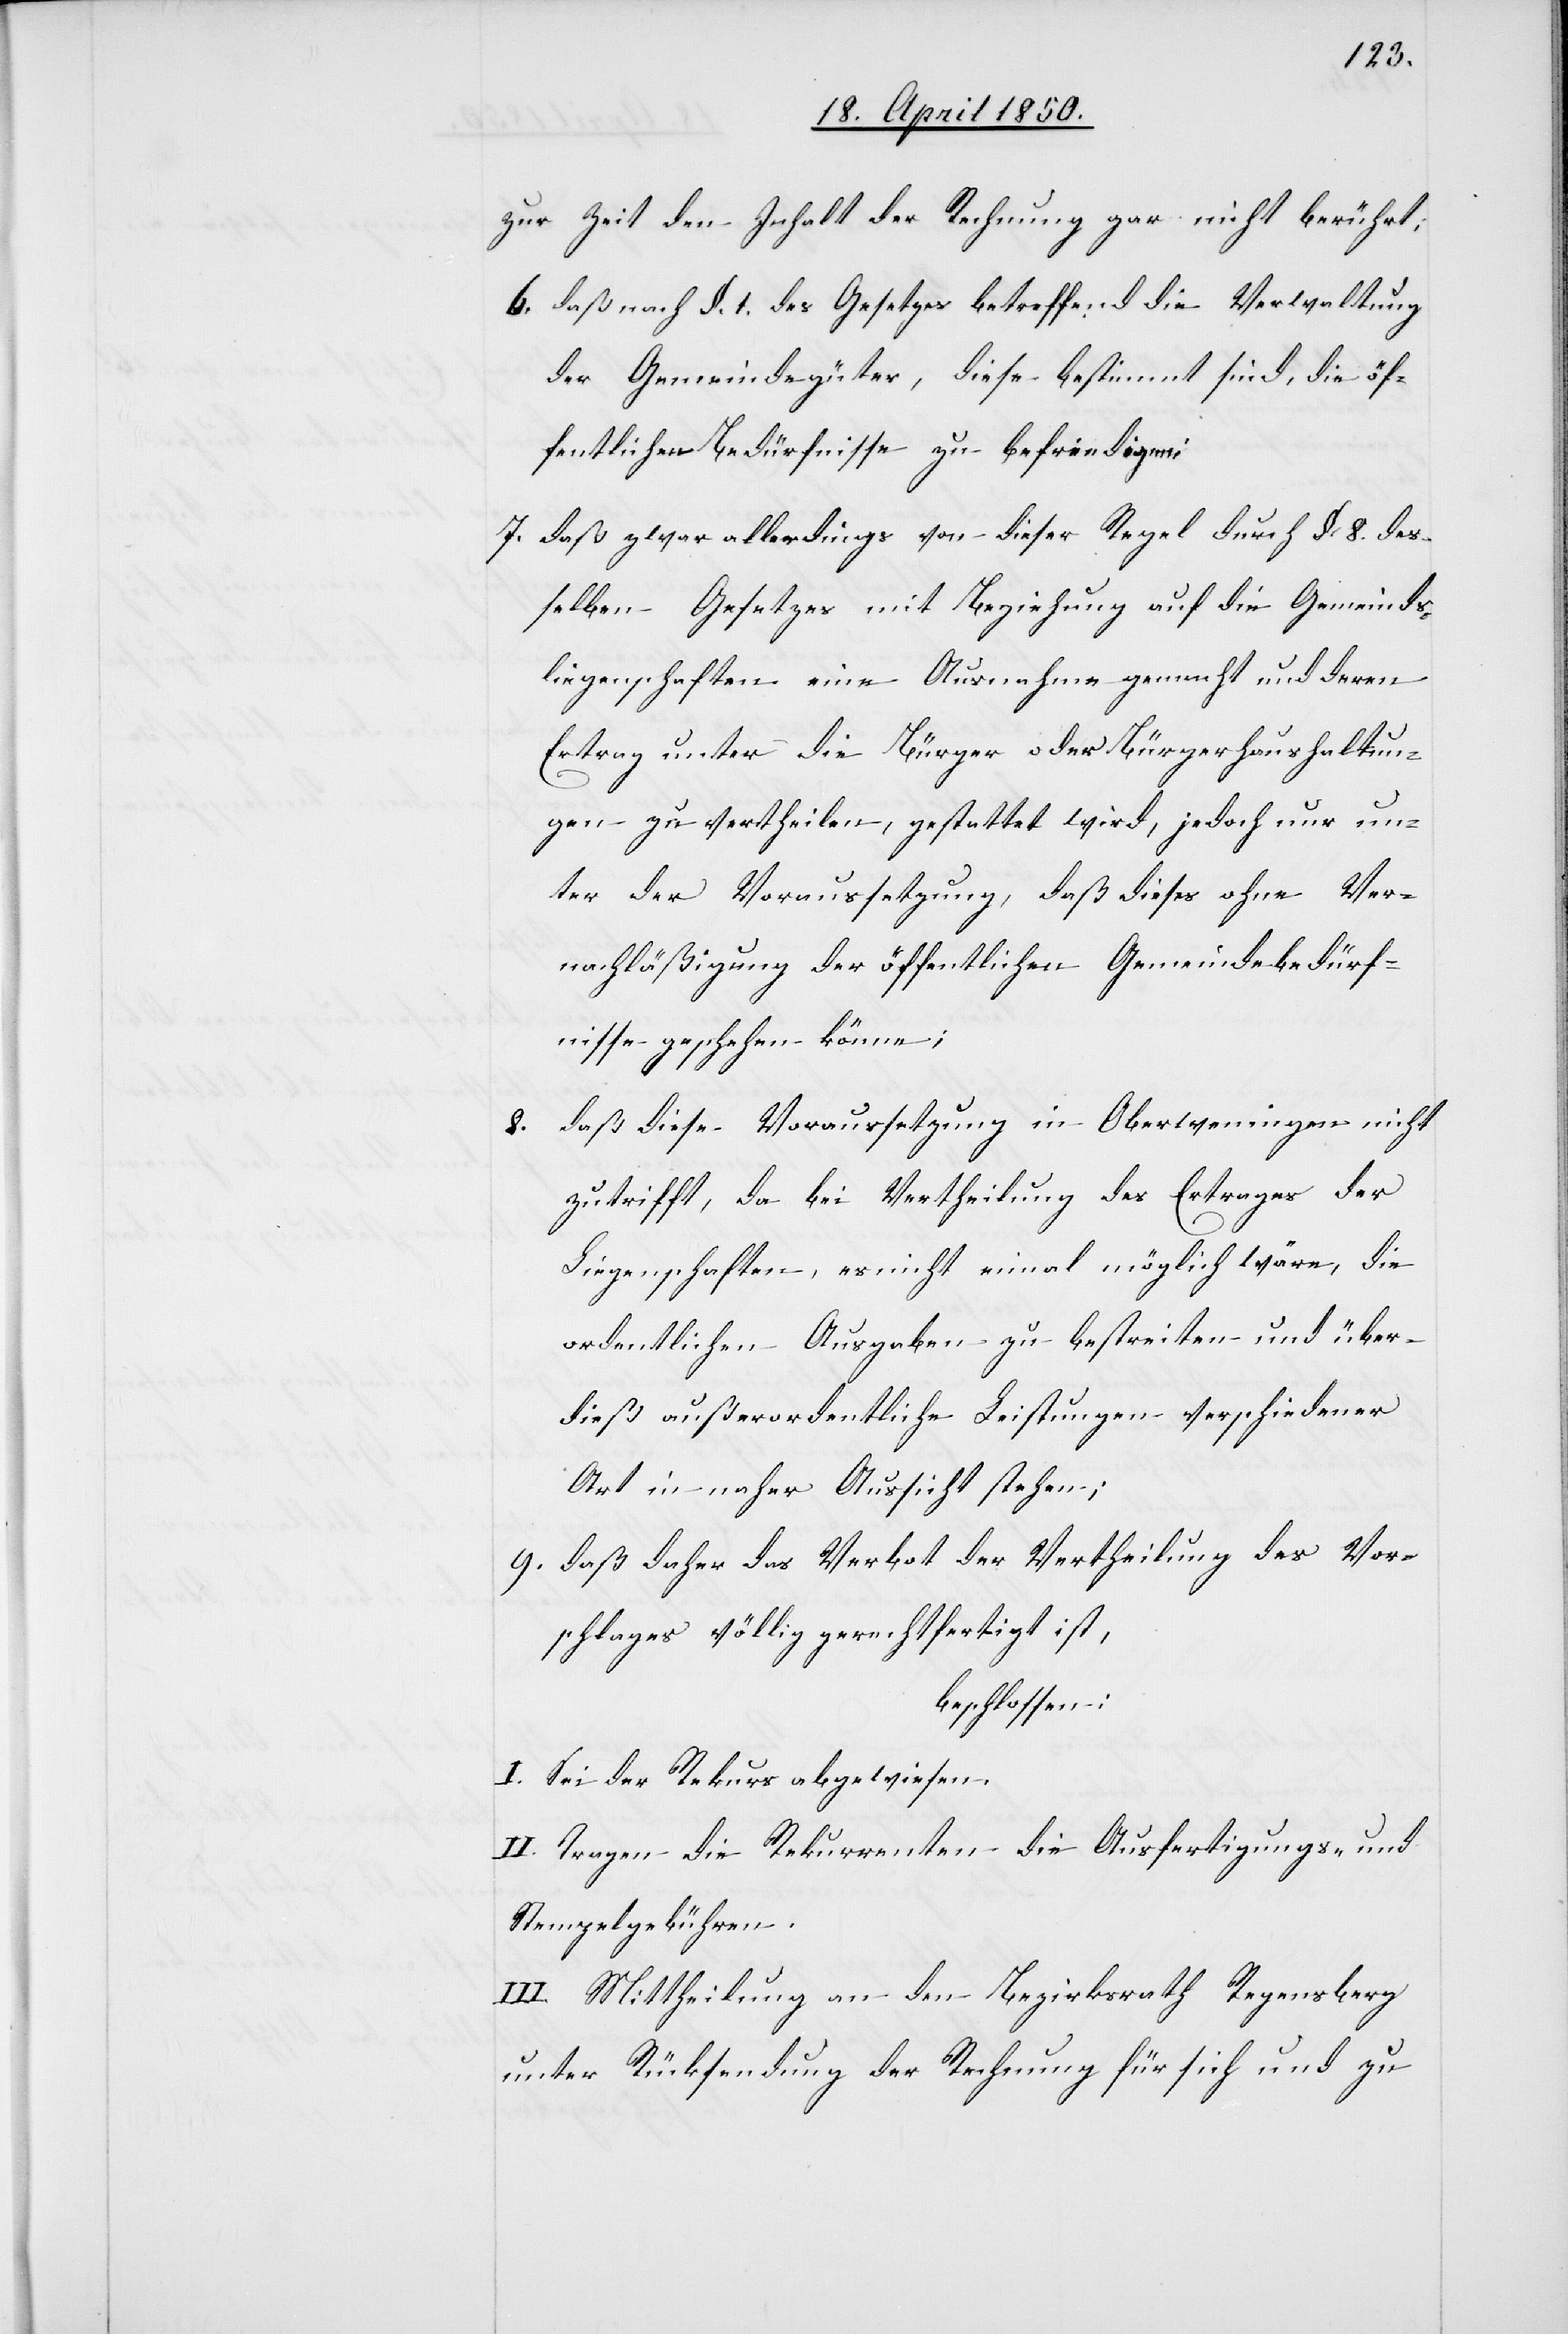
zur Zeit den Inhalt der Rechnung gar nicht berührt;
6. daß nach §. 1. des Gesetzes betreffend die Verwaltung
der Gemeindegüter, diese bestimmt sind, die öf¬
fentlichen Bedürfnisse zu befriedigen;
7. daß zwar allerdings von dieser Regel durch §. 8. des¬
selben Gesetzes mit Beziehung auf die Gemeinds¬
liegenschaften eine Ausnahme gemacht und deren
Ertrag unter die Bürger oder Bürgerhaushaltun¬
gen zu vertheilen, gestattet wird, jedoch nur un¬
ter der Voraussetzung, daß dieses ohne Ver¬
nachläßigung der öffentlichen Gemeindebedürf¬
nisse geschehen könne;
8. daß diese Voraussetzung in Oberweningen nicht
zutrifft, da bei Vertheilung des Ertrages der
Liegenschaften, es nicht einmal möglich wäre, die
ordentlichen Ausgaben zu bestreiten und über¬
dieß außerordentliche Leistungen verschiedener
Art in naher Aussicht stehen;
9. daß daher das Verbot der Vertheilung des Vor¬
schlages völlig gerechtfertigt ist,
beschlossen:
I. Sei der Rekurs abgewiesen.
II. Tragen die Rekurrenten die Ausfertigungs- und
Stempelgebühren.
III. Mittheilung an den Bezirksrath Regensberg
unter Rücksendung der Rechnung für sich und zu